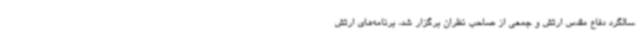
سالگرد دفاع مقدس ارتش و جمعی از صاحب نظران برگزار شد، برنامه‌های ارتش